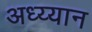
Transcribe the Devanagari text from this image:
अध्य्यान